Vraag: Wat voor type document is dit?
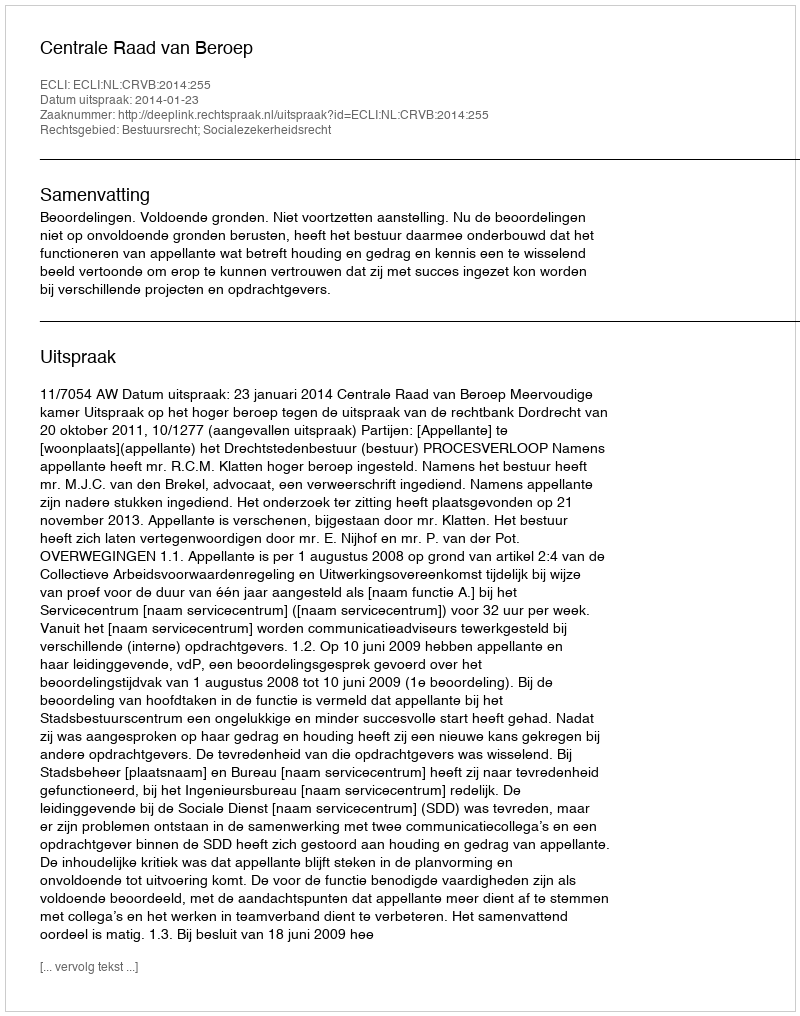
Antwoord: Uitspraak